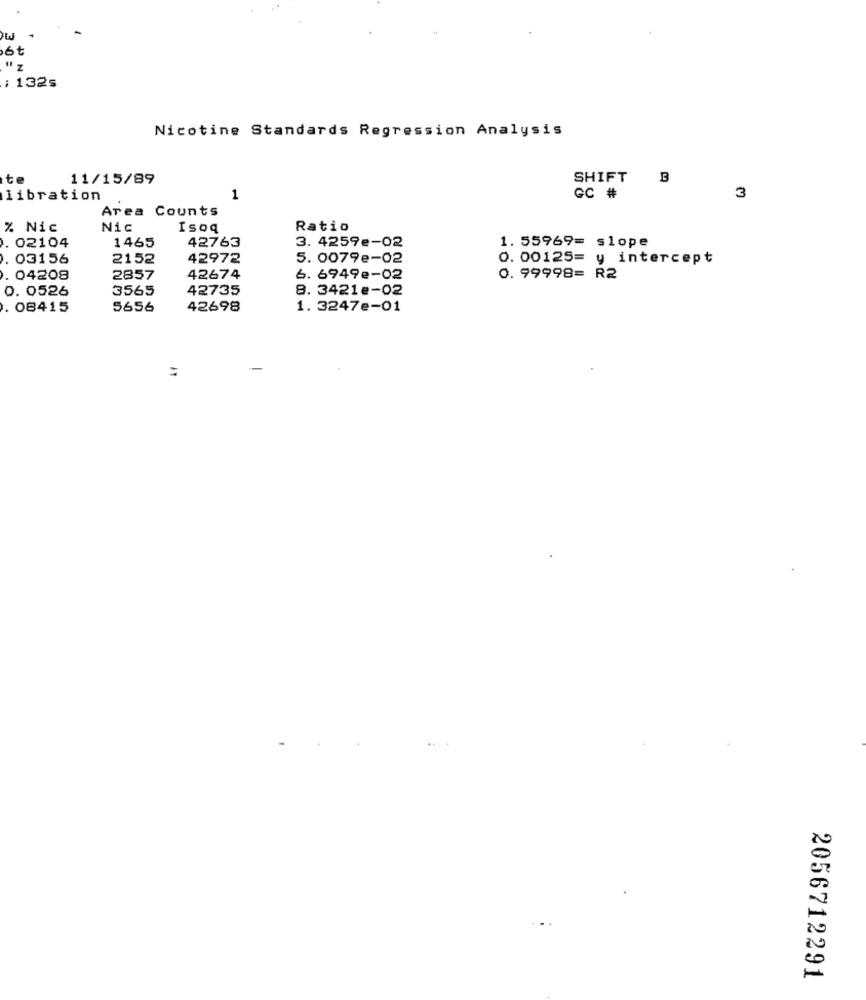
6t
N
: 132s
Nicotine Standards Regression Analysis
te
11/15/89
SHIFT
B
libration
1
GC #
3
Area Counts
% Nic
Nic
Isoq
Ratio
. 02104
1465
42763
1. 55969= slope
3. 4259e-02
03156
2152
42972
5. 0079e-02
0. 00125= y intercept
. 04208
2857
42674
6. 6949e-02
0. 99998= R2
0. 0526
3565
42735
8. 3421e-02
. 08415
5656
42698
1. 3247e-01
=
2056712291